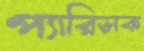
প্যারিসক